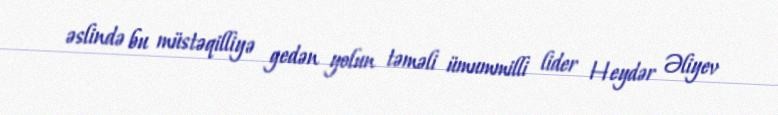
əslində bu müstəqilliyə gedən yolun təməli ümummilli lider Heydər Əliyev